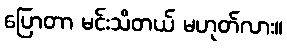
ပြောတာ မင်းသိတယ် မဟုတ်လား။